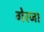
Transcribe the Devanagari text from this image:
गेरजा